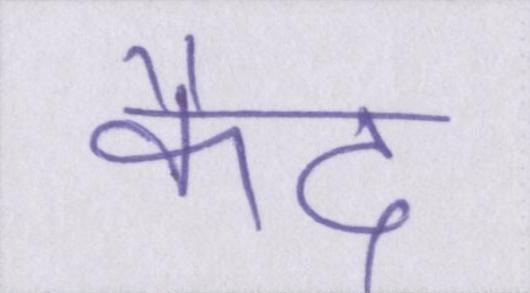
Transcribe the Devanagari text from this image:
कैद